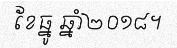
ខែធ្នូ ឆ្នាំ២០១៨។